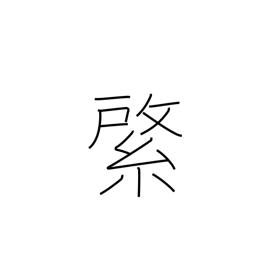
Meaning: emblem on banner